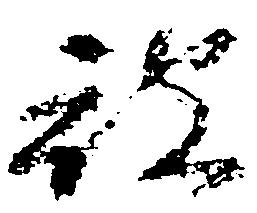
被